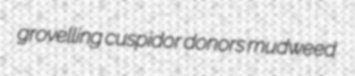
grovelling cuspidor donors mudweed